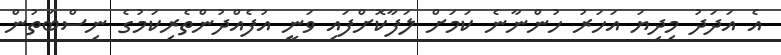
އެ އަދަދު މިދިޔަ އަހަރު ހުންނާނެ ކަމަށް ލަފާކޮށްފައި ވަނީ އުފެއްދުންތެރިކަމުގެ ނިސްބަތުން